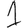
Digit: 1